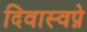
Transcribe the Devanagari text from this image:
दिवास्वप्ने